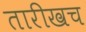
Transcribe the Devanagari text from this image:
तारीखच